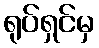
ရုပ်ရှင်မှ